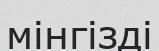
мінгізді